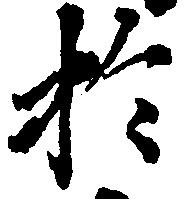
於